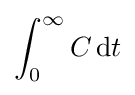
\int _{0}^{\infty }C\,\mathrm {d} t